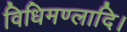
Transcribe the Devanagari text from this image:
विधिमण्लादि।